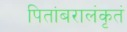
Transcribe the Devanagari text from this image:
पितांबरालंकृतं